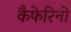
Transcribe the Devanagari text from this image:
कैफेरिनो